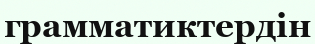
грамматиктердін